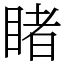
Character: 睹